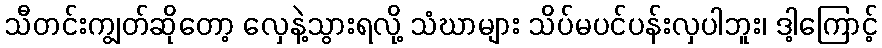
သီတင်းကျွတ်ဆိုတော့ လှေနဲ့သွားရလို့ သံဃာများ သိပ်မပင်ပန်းလှပါဘူး၊ ဒါ့ကြောင့်